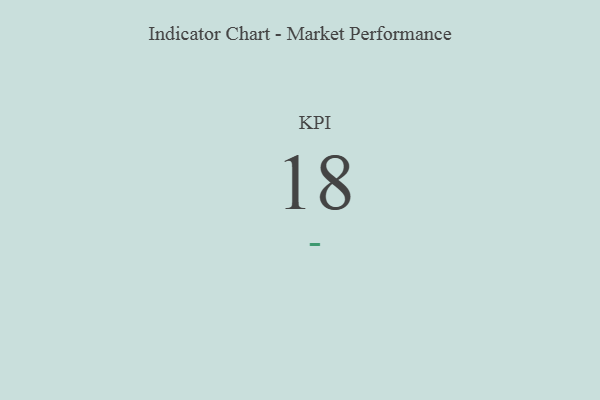
{"axis": {"x": "KPI", "y": "Value"}, "legend": [""], "data": [{"x": "KPI", "y": 18, "type": ""}]}